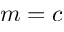
m = c